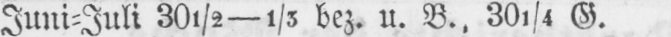
Juni⸗Juli 30½-1/5 bez. u. B., 301/4 G.